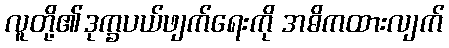
လူတို့၏ဒုက္ခပယ်ဖျက်ရေးကို အဓိကထားလျက်